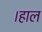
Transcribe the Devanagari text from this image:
।हाल